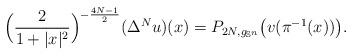
LaTeX: \begin{align*}\Big( \frac{2}{1+|x|^2}\Big)^{-\frac{4N-1}{2}} (\Delta^N u)(x) = P_{2N, g_{\mathbb S^n}} \big( v(\pi^{-1}(x)) \big) .\end{align*}